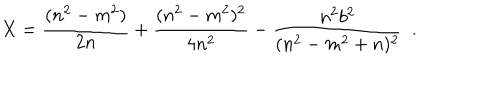
X = \frac { ( n ^ { 2 } - m ^ { 2 } ) } { 2 n } + \frac { ( n ^ { 2 } - m ^ { 2 } ) ^ { 2 } } { 4 n ^ { 2 } } - \frac { n ^ { 2 } b ^ { 2 } } { ( n ^ { 2 } - m ^ { 2 } + n ) ^ { 2 } } ~ ~ .